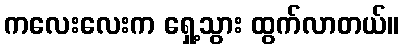
ကလေးလေးက ရှေ့သွား ထွက်လာတယ်။